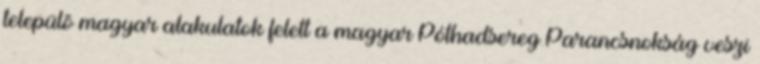
települõ magyar alakulatok felett a magyar Póthadsereg Parancsnokság veszi